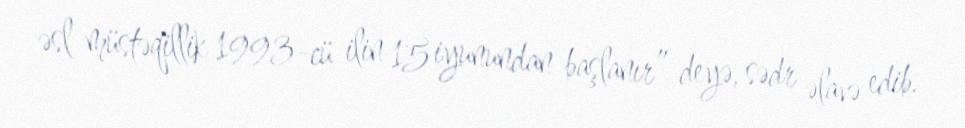
əsl müstəqillik 1993-cü ilin 15 iyunundan başlanır” deyə, sədr əlavə edib.